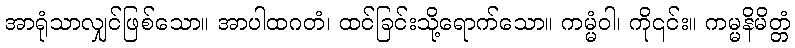
အာရုံသာလျှင်ဖြစ်သော။ အာပါထဂတံ၊ ထင်ခြင်းသို့ရောက်သော။ ကမ္မံဝါ၊ ကို၎င်း။ ကမ္မနိမိတ္တံ